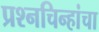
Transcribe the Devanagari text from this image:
प्रश्‍नचिन्हांचा